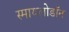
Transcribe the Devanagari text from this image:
स्मायलोडॉन